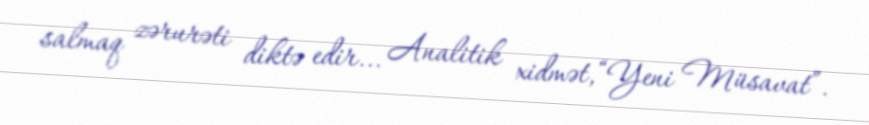
salmaq zərurəti diktə edir... Analitik xidmət,“Yeni Müsavat”.